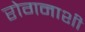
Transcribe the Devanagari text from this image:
रोगनाशी